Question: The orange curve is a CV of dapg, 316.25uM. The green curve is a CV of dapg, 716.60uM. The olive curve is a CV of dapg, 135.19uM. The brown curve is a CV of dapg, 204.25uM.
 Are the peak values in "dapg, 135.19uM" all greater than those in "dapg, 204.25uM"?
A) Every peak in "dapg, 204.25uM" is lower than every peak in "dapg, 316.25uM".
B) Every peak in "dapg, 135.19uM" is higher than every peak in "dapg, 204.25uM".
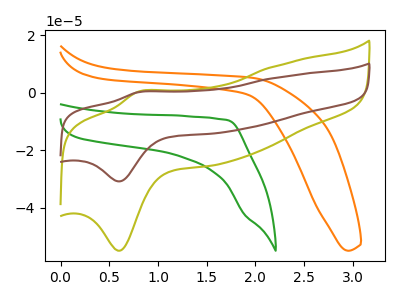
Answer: <think>The orange curve "dapg, 316.25uM" has no peaks. The green curve "dapg, 716.60uM" has no peaks. The olive curve "dapg, 135.19uM" has an anodic peak at (0.80V, 0.40uA) and a cathodic peak at (0.60V, -55.00uA). The brown curve "dapg, 204.25uM" has an anodic peak at (0.80V, 0.20uA) and a cathodic peak at (0.60V, -30.85uA).</think>
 <answer>B) Every peak in "dapg, 135.19uM" is higher than every peak in "dapg, 204.25uM".</answer>
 <eval>B</eval>